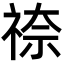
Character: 𮁿